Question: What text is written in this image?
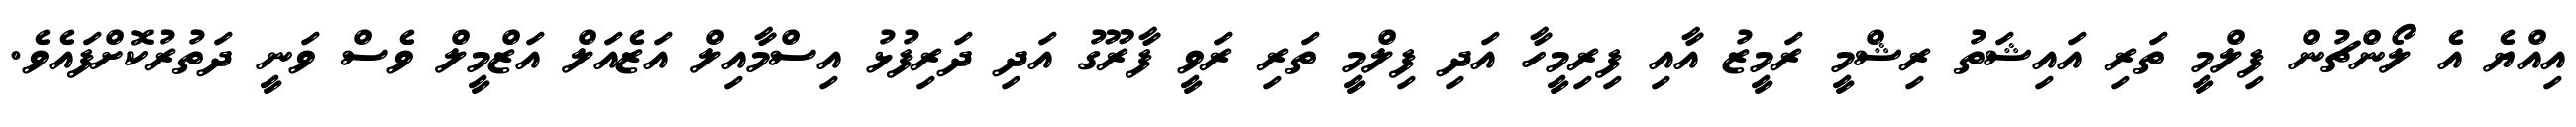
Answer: އިއްޔެ އެ ލޯންޗުން ފިލްމީ ތަރި އައިޝަތު ރިޝްމީ ރަމީޒު އާއި ފިރިމީހާ އަދި ފިލްމީ ތަރި ރަވީ ފާރޫގު އަދި ދަރިފުޅު އިސްމާއިލް އަޒެއަލް އަޒްމީލް ވެސް ވަނީ ދަތުރުކޮށްފައެވެ.